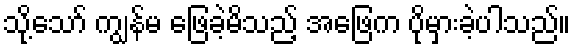
သို့သော် ကျွန်မ ဖြေခဲ့မိသည့် အဖြေက ပိုမှားခဲ့ပါသည်။